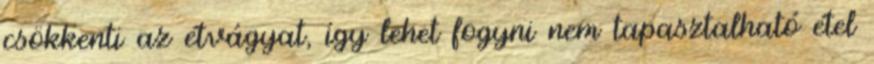
csökkenti az étvágyat, így lehet fogyni nem tapasztalható étel